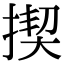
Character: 揳